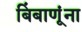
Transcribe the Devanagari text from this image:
बिंबाणूंना